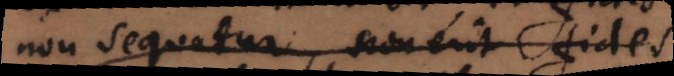
non sequatur, non erit fides